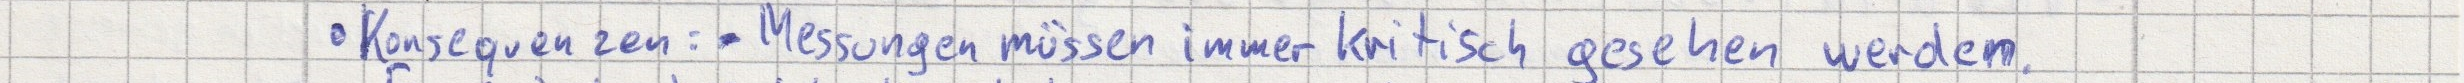
Konsequenzen: Messungen müssen immer kritisch gesehen werden.